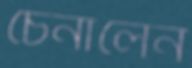
চেনালেন